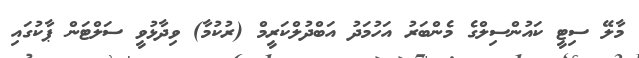
މާލޭ ސިޓީ ކައުންސިލްގެ މެންބަރު އަހުމަދު އަބްދުލްކަރީމް (ރުކުމާ) ވިދާޅުވީ ސަލްޓަން ޕާކުގައި